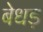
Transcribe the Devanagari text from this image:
बेधड़